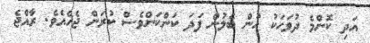
އަދި ކޮންމެ ދުވަހަކު ހުން ބެލުން ފަދަ ކަންކަންވެސް ކުރަން ޖެހެއެވެ. ރާއްޖެ